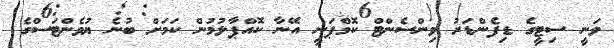
ވަނީ ސިޓީގެ ޑިފެންޑަރު ވިންސެންޓް ކޮމްޕަނީ އޭނާ ކޮއްޕާލުމުން ކަމަށް ބުނެ ޔުވެންޓަސްގެ